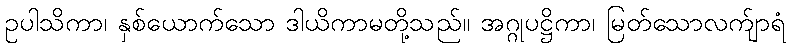
ဥပါသိကာ၊ နှစ်ယောက်သော ဒါယိကာမတို့သည်။ အဂ္ဂုပဋ္ဌိကာ၊ မြတ်သောလက်ျာရံ